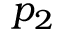
p _ { 2 }